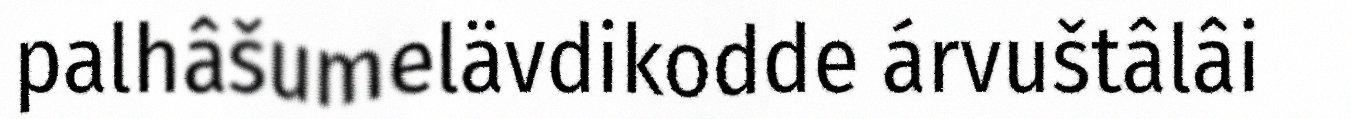
palhâšumelävdikodde árvuštâlâi